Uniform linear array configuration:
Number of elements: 24
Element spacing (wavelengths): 0.75
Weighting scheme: kaiser
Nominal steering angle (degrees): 45
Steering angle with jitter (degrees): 43.47
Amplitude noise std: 0.05
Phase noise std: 0.05

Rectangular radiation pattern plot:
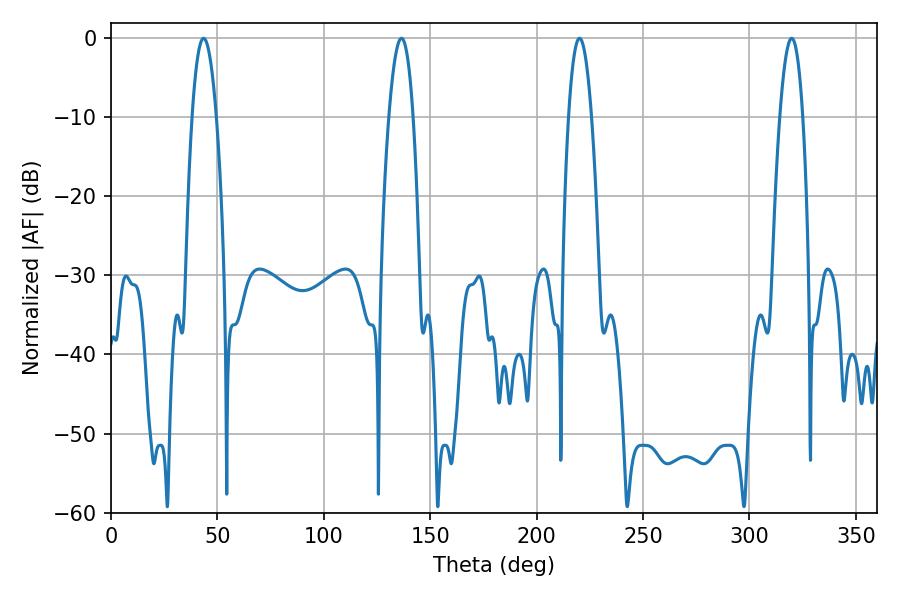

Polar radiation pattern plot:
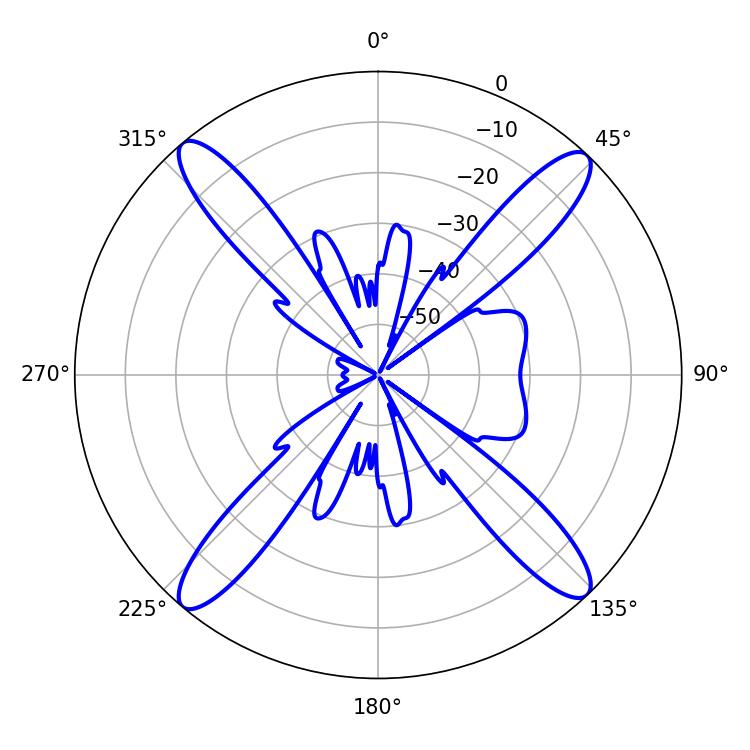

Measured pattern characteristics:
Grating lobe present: TRUE
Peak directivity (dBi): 20.213
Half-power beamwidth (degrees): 5.94
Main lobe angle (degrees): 220.14